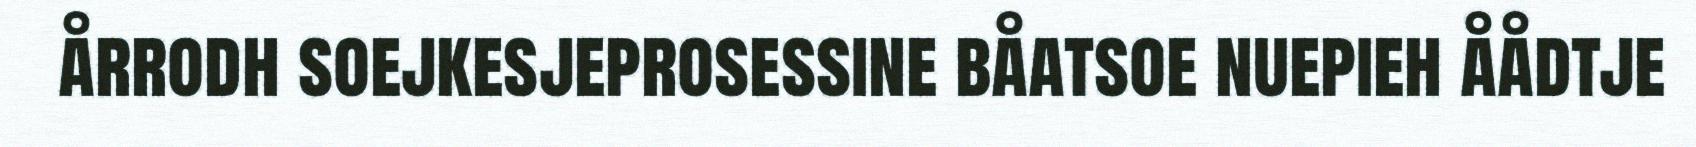
årrodh soejkesjeprosessine båatsoe nuepieh åådtje